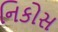
નિકોસ